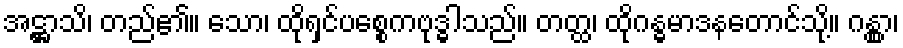
အဋ္ဌာသိ၊ တည်၏။ သော၊ ထိုရှင်ပစ္စေကဗုဒ္ဓါသည်။ တတ္ထ၊ ထိုဂန္ဓမာဒနတောင်သို့။ ဂန္တွာ၊